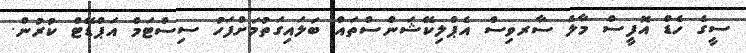
ސީގެ ހެޑް އޮފީސް މާލެ ސާރވިސް އެޕްލިކޭޝަންސްތައް ބަލައިގަތުމަށްފަހު ސިސްޓަމް އަޕްޑޭޓް ކުރުން.